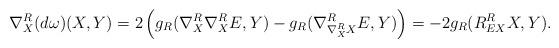
LaTeX: \begin{align*}\nabla^R_X (d\omega)(X,Y)=2\left(g_R(\nabla^R_X\nabla^R_X E,Y)-g_R(\nabla^R_{\nabla^R_XX}E,Y)\right)=-2g_R(R^R_{EX}X,Y).\end{align*}